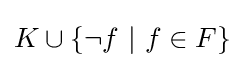
K\cup \{\neg f~|~f\in F\}